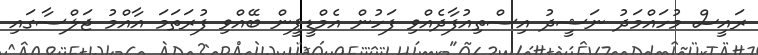
ރައީސް މުހައްމަދު ނަޝީދު އިސްތިއުފާދެއްވި ފަހުން އެމްޑީޕީން ބޭއްވި ފުރަތަމަ އާއްމު ޖަލްސާގައި